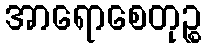
အာရောစေတုဉ္စ